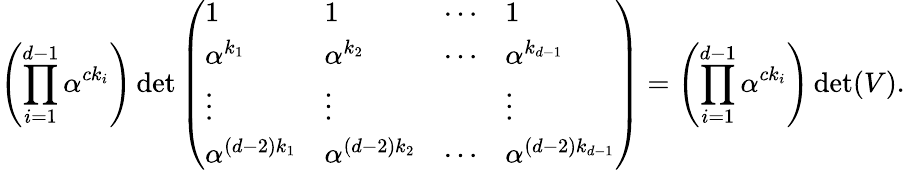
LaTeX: \left(\prod_{i=1}^{d-1}\alpha^{ck_{i}}\right)\operatorname*{det}{\left(\begin{array}{llll}{1}&{1}&{\cdots}&{1}\\ {\alpha^{k_{1}}}&{\alpha^{k_{2}}}&{\cdots}&{\alpha^{k_{d-1}}}\\ {\vdots}&{\vdots}&&{\vdots}\\ {\alpha^{(d-2)k_{1}}}&{\alpha^{(d-2)k_{2}}}&{\cdots}&{\alpha^{(d-2)k_{d-1}}}\end{array}\right)}=\left(\prod_{i=1}^{d-1}\alpha^{ck_{i}}\right)\operatorname*{det}(V).